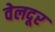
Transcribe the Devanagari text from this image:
वेलदूर